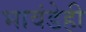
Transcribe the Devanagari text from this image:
भावंडेही